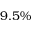
9 . 5 \%